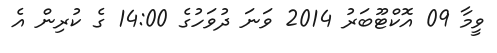
ވީމާ 09 އޮކްޓޫބަރު 2014 ވަނަ ދުވަހުގެ 14:00 ގެ ކުރިން އެ